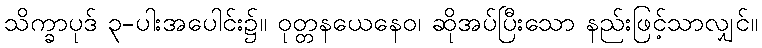
သိက္ခာပုဒ် ၃-ပါးအပေါင်း၌။ ဝုတ္တနယေနေဝ၊ ဆိုအပ်ပြီးသော နည်းဖြင့်သာလျှင်။